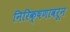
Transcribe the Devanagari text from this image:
निरिक्षणावरून